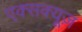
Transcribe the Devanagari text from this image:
एक्सक्यूज़